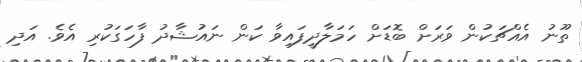
ތޫނު އެއްޗަކުން ވަރަށް ބޮޑަށް ހަމަލާދީފައިވާ ކަން ނައުޝާދު ފާހަގަކުރި އެވެ. އަދި